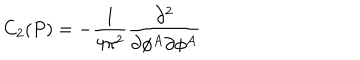
LaTeX: C _ { 2 } ( P ) = - \frac 1 { 4 \pi ^ { 2 } } \frac { \partial ^ { 2 } } { \partial \phi ^ { A } \partial \phi ^ { A } }